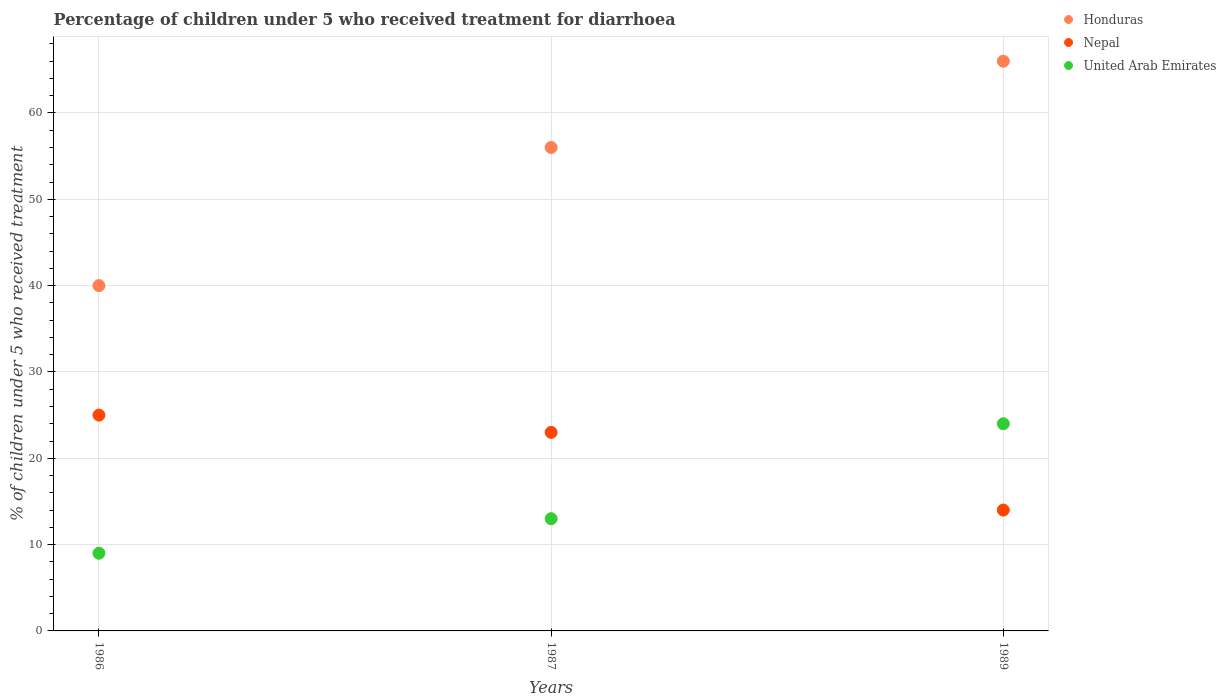
| Years | Honduras | Nepal | United Arab Emirates |
 | --- | --- | --- | --- |
 | 1986 | 40 | 25 | 9 |
 | 1987 | 56 | 23 | 13 |
 | 1989 | 66 | 14 | 24 |